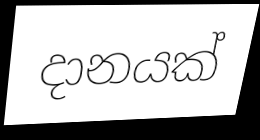
දානයක්